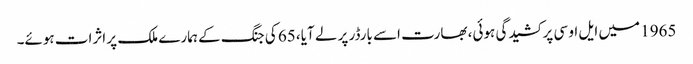
1965 میں ایل او سی پر کشیدگی ہوئی، بھارت اسے بارڈر پر لے آیا، 65 کی جنگ کے ہمارے ملک پر اثرات ہوئے۔